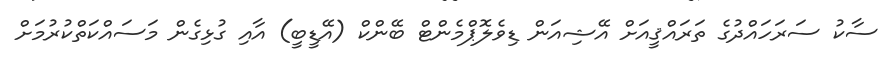
ސާކު ސަރަހައްދުގެ ތަރައްޤީއަށް އޭޝިއަން ޑިވެލޮޕްމެންޓް ބޭންކް (އޭޑީބީ) އާއި ގުޅިގެން މަސައްކަތްކުރުމަށް